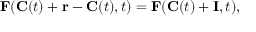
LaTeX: \mathbf { F } ( \mathbf { C } ( t ) + \mathbf { r } - \mathbf { C } ( t ) , t ) = \mathbf { F } ( \mathbf { C } ( t ) + \mathbf { I } , t ) ,